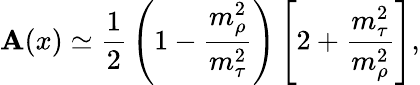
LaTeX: \mathbf{A}(x)\simeq{\frac{{1}}{{2}}}\left(1-{\frac{{m_{\rho}^{2}}}{{m_{\tau}^{2}}}}\right)\left[2+{\frac{{m_{\tau}^{2}}}{{m_{\rho}^{2}}}}\right],